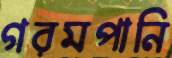
গরমপানি